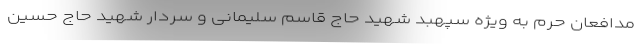
مدافعان حرم به ویژه سپهبد شهید حاج قاسم سلیمانی و سردار شهید حاج حسین